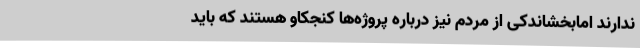
ندارند امابخشاندکی از مردم نیز درباره پروژه‌ها کنجکاو هستند که باید